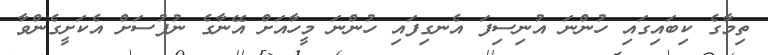
ތިމާގެ ކިބައިގައި ހުންނަ އުނިސިފަ އެނގިފައި ހުންނަ މީހާއަށް އޭނާގެ ނުފުސަށް އެކަށީގެންވާ